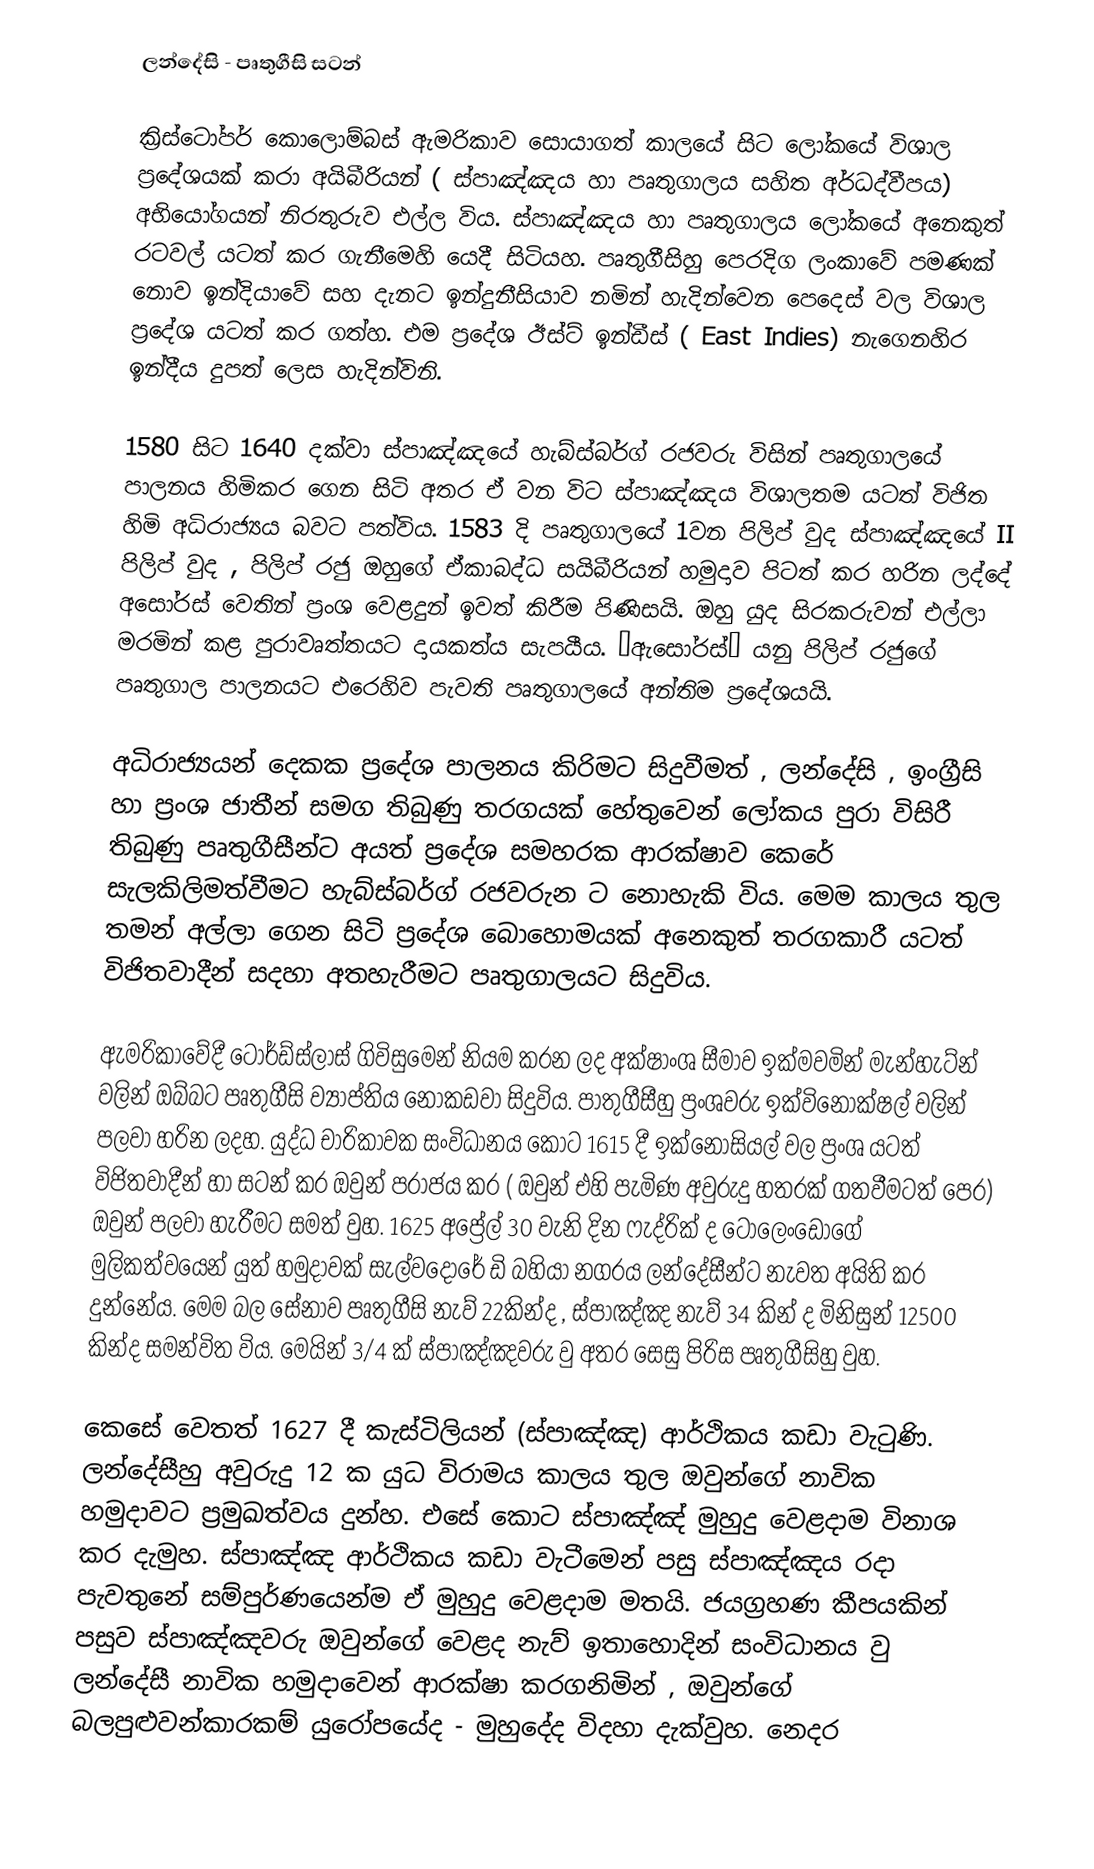
ලන්දේසි - පෘතුගීසි සටන්

ක්‍රිස්ටෝපර් කොලොම්බස් ඇමරිකාව සොයාගත් කාලයේ සිට ලෝකයේ විශාල ප්‍රදේශයක් කරා අයිබීරියන් ( ස්පාඤ්ඤය හා පෘතුගාලය සහිත අර්ධද්වීපය) අභියෝගයන් නිරතුරුව  එල්ල විය. ස්පාඤ්ඤය හා පෘතුගාලය ලෝකයේ අනෙකුත් රටවල් යටත් කර ගැනීමෙහි යෙදී සිටියහ. පෘතුගීසිහු පෙරදිග ලංකාවේ පමණක් නොව ඉන්දියාවේ සහ දැනට ඉන්දුනීසියාව නමින් හැදින්වෙන පෙදෙස් වල විශාල ප්‍රදේශ යටත් කර ගත්හ. එම ප්‍රදේශ ඊස්ට් ඉන්ඩීස් (  East Indies)  නැගෙනහිර ඉන්දීය දුපත් ලෙස හැදින්විනි.

1580 සිට 1640 දක්වා ස්පාඤ්ඤයේ හැබ්ස්බර්ග් රජවරු විසින්  පෘතුගාලයේ පාලනය හිමිකර ගෙන සිටි අතර ඒ වන විට ස්පාඤ්ඤ‍ය විශාලතම යටත් විජිත හිමි අධිරාජ්‍යය බවට පත්විය. 1583 දි පෘතුගාලයේ 1වන පිලිප් වුද ස්පාඤ්ඤයේ II  පිලිප් වුද , පිලිප් රජු ඔහුගේ ඒකාබද්ධ  සයිබීරියන් හමුදාව පිටත් කර හරින ලද්දේ අසෝරස් වෙතින් ප්‍රංශ වෙළදුන් ඉවත් කිරීම පිණිසයි. ඔහු යුද සිරකරුවන් එල්ලා මරමින් කළ පුරාවෘත්තයට දායකත්ය සැපයීය. ‘ඇසෝරස්’ යනු පිලිප් රජුගේ පෘතුගාල පාලනයට එරෙහිව පැවති පෘතුගාලයේ අන්තිම ප්‍රදේශයයි.

අධිරාජ්‍යයන් දෙකක ප්‍රදේශ පාලනය කිරිමට සිදුවීමත් , ලන්දේසි , ඉංග්‍රීසි හා ප්‍රංශ ජාතීන් සමග තිබුණු තරගයක් හේතුවෙන් ලෝකය පුරා විසිරී තිබුණු පෘතුගීසීන්ට අයත් ප්‍රදේශ සමහරක ආරක්ෂාව කෙරේ සැලකිලිමත්වීමට  හැබ්ස්බර්ග් රජවරුන ට නොහැකි විය. මෙම කාලය තුල තමන් අල්ලා ගෙන සිටි ප්‍රදේශ බොහොමයක් අනෙකුත් තරගකාරී යටත් විජිතවාදීන් සදහා අතහැරීමට පෘතුගාලයට සිදුවිය.

ඇමරිකාවේදී ටොර්ඩ්ස්ලාස් ගිවිසුමෙන් නියම කරන ලද අක්ෂාංශ සීමාව ඉක්මවමින් මැන්හැට්න් වලින් ඔබ්බට පෘතුගීසි ව්‍යාප්තිය නොකඩවා සිදුවිය. පාතුගීසීහු ප්‍රංශවරු ඉක්විනෝක්ෂල්   වලින් පලවා හරින ලදහ.  යුද්ධ   චාරිකාවක සංවිධානය කොට 1615 දී ඉක්නෝසියල් වල ප්‍රංශ යටත් විජිතවාදීන් හා සටන් කර ඔවුන්  පරාජය කර ( ඔවුන් එහි පැමිණ අවුරුදු හතරක් ගතවීමටත් පෙර) ඔවුන් පලවා හැරීමට සමත් වුහ. 1625 අප්‍රේල් 30 වැනි දින ෆැද්රික් ද ටොලෙංඩෝගේ මුලිකත්වයෙන් යුත් හමුදාවක් සැල්ව‍දොරේ ඩි බහියා නගරය ලන්දේසීන්ට නැවත  අයිති කර දුන්නේය. මෙම බල සේනාව පෘතුගීසි නැව් 22කින්ද , ස්පාඤ්ඤ නැව් 34 කින් ද මිනිසුන් 12500 කින්ද සමන්විත විය. මෙයින්   3/4   ක් ස්පාඤ්ඤවරු වු අතර සෙසු පිරිස පෘතුගීසිහු වුහ.

කෙසේ වෙතත් 1627 දී   කැස්ටිලියන් (ස්පාඤ්ඤ) ආර්ථිකය කඩා වැටුණි. ලන්දේසීහු අවුරුදු 12 ක යුධ විරාමය කාලය තුල ඔවුන්ගේ නාවික හමුදාවට ප්‍රමුඛත්වය දුන්හ. එසේ කොට ස්පාඤ්ඤ් මුහුදු වෙළදාම විනාශ කර දැමුහ. ස්පාඤ්ඤ ආර්ථිකය කඩා වැටීමෙන් පසු ස්පාඤ්ඤය රදා පැවතුනේ සම්පුර්ණයෙන්ම ඒ මුහුදු වෙළදාම මතයි. ජයග්‍රහණ කීපයකින් පසුව ස්පාඤ්ඤවරු ඔවුන්ගේ වෙළද නැව් ඉතාහොදින් සංවිධානය වු ලන්දේසී නාවික හමුදාවෙන් ආරක්ෂා කරගනිමින් , ඔවුන්ගේ බලපුළුවන්කාරකම් යුරෝපයේද - මුහුදේද විදහා දැක්වුහ. නෙදර